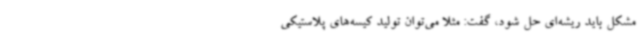
مشکل باید ریشه‌ای حل شود، گفت: مثلاً می‌توان تولید کیسه‌های پلاستیکی